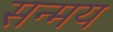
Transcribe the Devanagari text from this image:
सन्मय